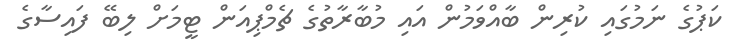
ކަޕުގެ ނަމުގައި ކުރިން ބާއްވަމުން އައި މުބާރާތުގެ ޗެމްޕިއަން ޓީމަށް ލިބޭ ފައިސާގެ